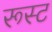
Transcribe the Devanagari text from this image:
रूस्ट